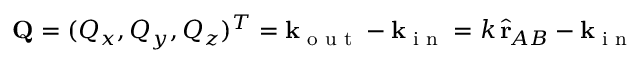
\mathbf { Q } = ( Q _ { x } , Q _ { y } , Q _ { z } ) ^ { T } = \mathbf { k } _ { \textrm { o u t } } - \mathbf { k } _ { \textrm { i n } } = k \, \hat { \mathbf { r } } _ { \! A B } - \mathbf { k } _ { \textrm { i n } }